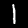
Digit: 1